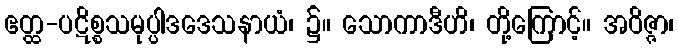
ဧတ္ထ-ပဋိစ္စသမုပ္ပါဒဒေသနာယံ၊ ၌။ သောကာဒီဟိ၊ တို့ကြောင့်။ အဝိဇ္ဇာ၊